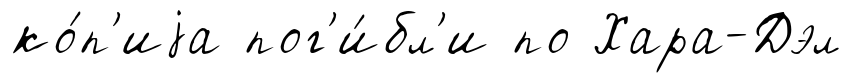
ко́п'иjа пог'и́бл'и по Хара-Дэл